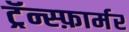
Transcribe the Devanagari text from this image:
ट्रॅन्स्फ़ार्मर